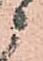
ニ